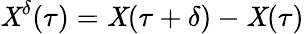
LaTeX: \mathit{X}^{\delta}(\tau)=\mathit{X}(\tau+\delta)-\mathit{X}(\tau)